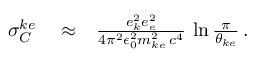
\begin{array} { r l r } { \sigma _ { C } ^ { k e } } & { { } \approx } & { \frac { e _ { k } ^ { 2 } e _ { e } ^ { 2 } } { 4 \pi ^ { 2 } \epsilon _ { 0 } ^ { 2 } m _ { k e } ^ { 2 } \, c ^ { 4 } } \, \ln \frac { \pi } { \theta _ { k e } } \, . } \end{array}